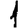
Digit: 1